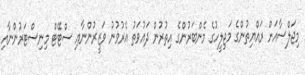
މިޖަލްސާއަށް ރައްޔިތުންގެ މަޖިލީހުގެ މެންބަރުންގެ އިތުރުން ދަޢުވަތު އެރުވުނު ވަޒީރުންނާއި ސްޓޭޓް މިނިސްޓަރުންނާއި